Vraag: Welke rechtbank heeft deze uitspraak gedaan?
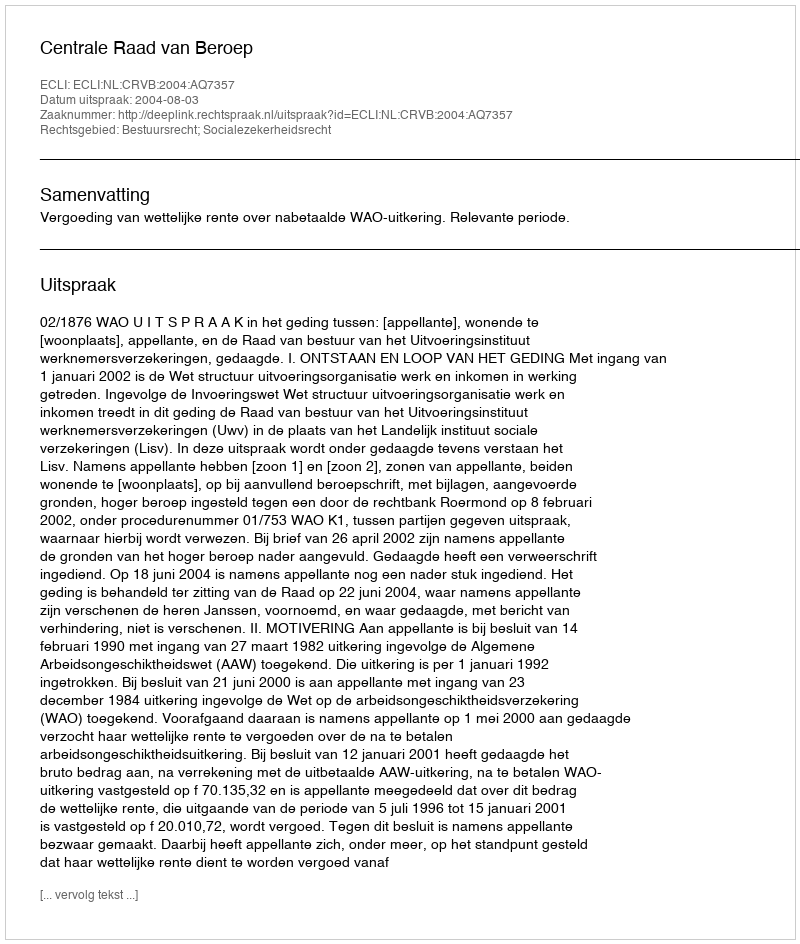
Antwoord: Centrale Raad van Beroep